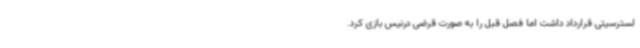
لسترسیتی قرارداد داشت اما فصل قبل را به صورت قرضی درنیس بازی کرد.